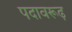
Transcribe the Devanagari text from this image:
पदावरूढ़